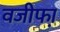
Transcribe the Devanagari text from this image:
वजीफा़